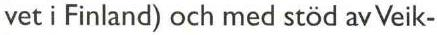
vet i Finland) och med stöd av Veik-